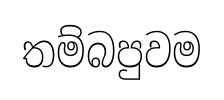
තම්බපුවම